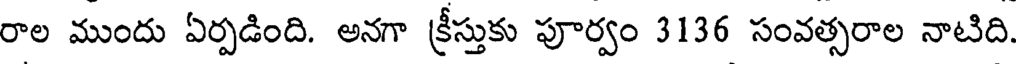
రాల ముందు ఏర్పడింది. అనగా క్రీస్తుకు పూర్వం 3136 సంవత్సరాల నాటిది.